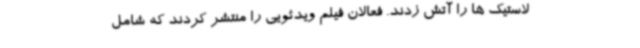
لاستیک ها را آتش زدند. فعالان فیلم ویدئویی را منتشر کردند که شامل